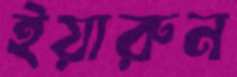
ইয়ারুন